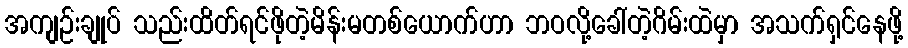
အကျဉ်းချုပ် သည်းထိတ်ရင်ဖိုတဲ့မိန်းမတစ်ယောက်ဟာ ဘဝလို့ခေါ်တဲ့ဂိမ်းထဲမှာ အသက်ရှင်နေဖို့